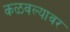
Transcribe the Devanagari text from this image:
कळवल्यावर